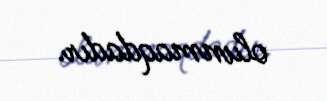
olunmaqdadır.